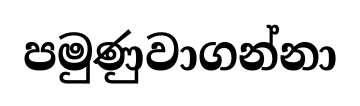
පමුණුවාගන්නා